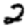
Digit: 2